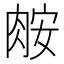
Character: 𦛅